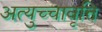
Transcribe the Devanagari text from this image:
अत्युच्चावृत्ति